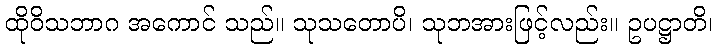
ထိုဝိသဘာဂ အကောင် သည်။ သုသတောပိ၊ သုဘအားဖြင့်လည်း။ ဥပဋ္ဌာတိ၊